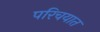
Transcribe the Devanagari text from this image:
परिचयात